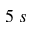
5 \; s